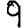
Digit: 9